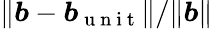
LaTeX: \| \boldsymbol{b}-\boldsymbol{b}_{\mathrm{~u~n~i~t~}}\| /\| \boldsymbol{b}\|